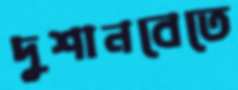
দুশানবেতে